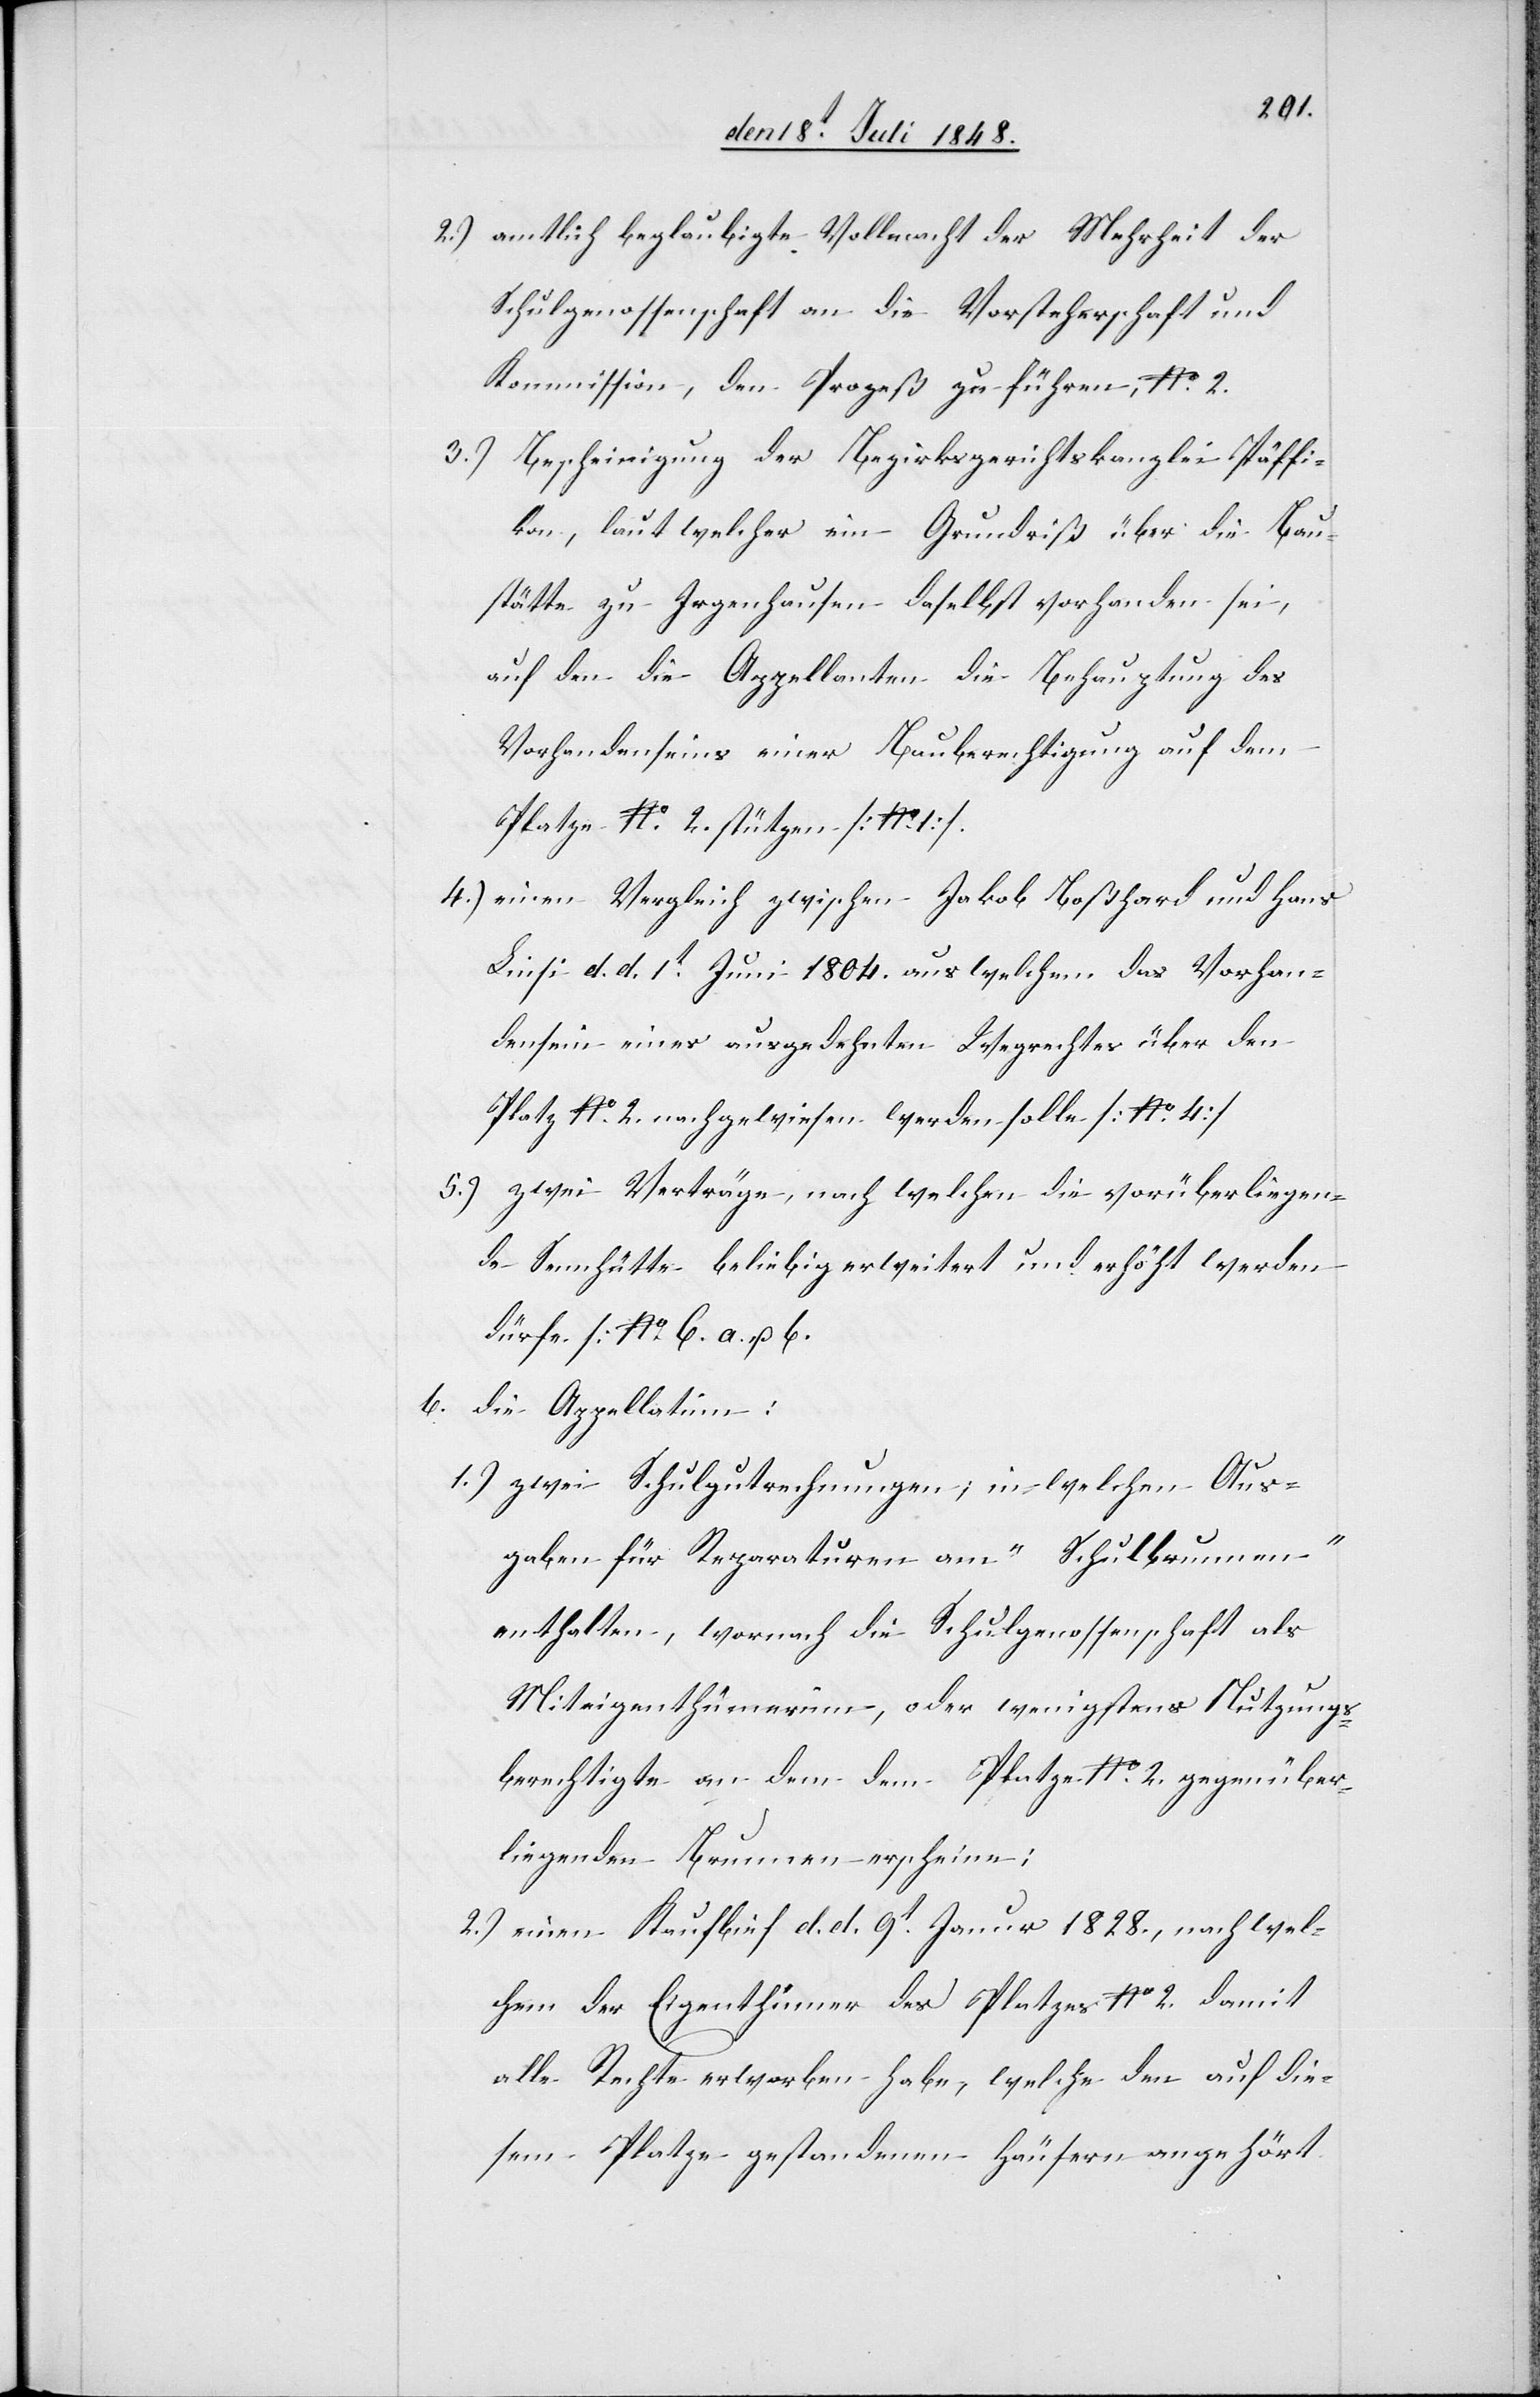
2.) amtlich beglaubigte Vollmacht der Mehrheit der
Schulgenossenschaft an die Vorsteherschaft und
Kommission, den Prozeß zu führen, No 2.
3.) Bescheinigung der Bezirksgerichtskanzlei Päffikon
[sic!], laut welcher ein Grundriß über die Bau¬
stätte zu Irgenhausen daselbst vorhanden sei,
auf den die Appellanten die Behauptung des
Vorhandenseins einer Bauberechtigung auf dem
Platze No 2. stützen [No 1]
4.) einen vergleich zwischen Jakob Boßhard und Hans
Linsi d. d. 1t Juni 1804. aus welchem das Vorhan¬
densein eines ausgedehnten Wegrechtes über den
Platz No 2. nachgewiesen werden solle [No 4]
5.) zwei Verträge, nach welchen die vorüberliegen¬
de Sennhütte beliebig erweitert und erhöht werden
dürfe [No 6. a u. b.
b. die Appellatinn:
1.) zwei Schulgutrechnungen, in welchen Aus¬
gaben für Reparaturen am „Schulbrunnen“
enthalten, wornach die Schulgenossenschaft als
Miteigenthümerinn, oder wenigstens Nutzungs¬
berechtigte an dem dem Platze gegenüber¬
liegenden Brunnen erscheine;
2.) einen Kaufb[r]ief d. d. 9t Januar 1828., nach wel¬
chem der Eigenthümer des Platzes No 2. damit
alle Rechte erworben habe, welche den auf die¬
sem Platze gestandenen Häusern angehört